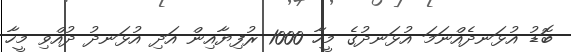
ބޮޑު އުޅަނދެއްނަމަ އުޅަނދުގެ މީހާ 1000 ރުފިޔާއިން އަދި އުޅަނދު ދުއްވި މީހާ